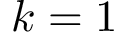
k = 1